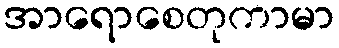
အာရောစေတုကာမာ